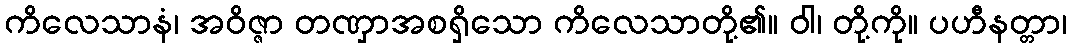
ကိလေသာနံ၊ အဝိဇ္ဇာ တဏှာအစရှိသော ကိလေသာတို့၏။ ဝါ၊ တို့ကို။ ပဟီနတ္တာ၊